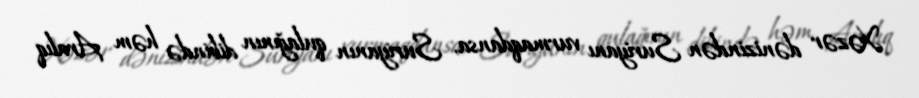
Xəzər dənizindən Suriyanı vurmaqdansa, Suriyanın qulağının dibində həm Aralıq